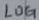
Text: LOG